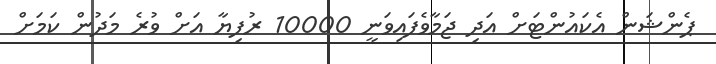
ޕެންޝަން އެކައުންޓަށް އަދި ޖަމާވެފައިވަނީ 10000 ރުފިޔާ އަށް ވުރެ މަދުން ކަމަށް